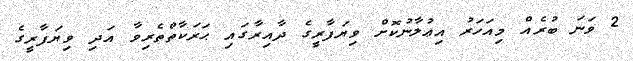
2 ވަނަ ބުރެއް މިއަހަރު އިޢުލާނުކޮށް ވިޔަފާރީގެ ދާއިރާގައި ޙަރަކާތްތެރިވާ އަދި ވިޔަފާރީގެ